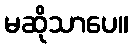
မဆိုသာပေ။